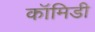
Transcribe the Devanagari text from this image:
कॉमिडी